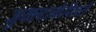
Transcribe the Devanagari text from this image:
जुक्स्टाकेपिलरी